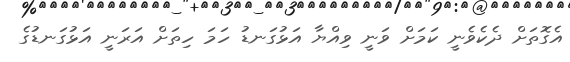
އެގޮތަށް ދެކެވެނީ ކަމަށް ވަނީ ވިއްޔާ އަޅުގަނޑު ހަމަ ހިތަށް އަރަނީ އަޅުގަނޑުގެ